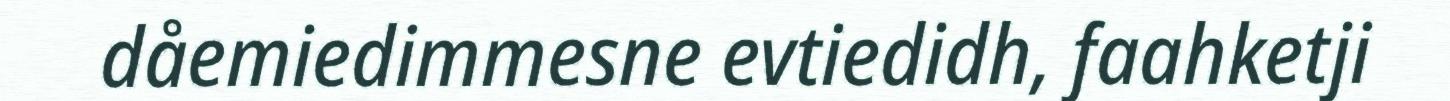
dåemiedimmesne evtiedidh, faahketji